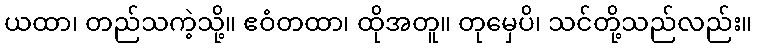
ယထာ၊ တည်သကဲ့သို့။ ဧဝံတထာ၊ ထိုအတူ။ တုမှေပိ၊ သင်တို့သည်လည်း။